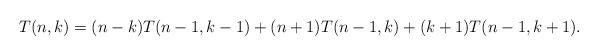
LaTeX: \begin{align*} T(n,k) = (n-k)T(n-1,k-1) + (n+1)T(n-1,k) + (k+1)T(n-1,k+1). \end{align*}